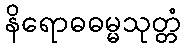
နိရောဓဓမ္မသုတ္တံ